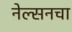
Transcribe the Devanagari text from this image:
नेल्सनचा